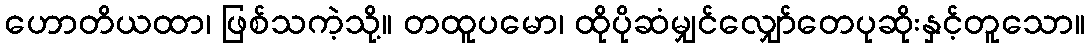
ဟောတိယထာ၊ ဖြစ်သကဲ့သို့။ တထူပမော၊ ထိုပိုဆံမျှင်လျှော်တေပုဆိုးနှင့်တူသော။